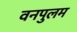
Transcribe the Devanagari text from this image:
वनपुलम